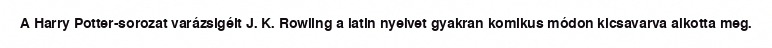
A Harry Potter-sorozat varázsigéit J. K. Rowling a latin nyelvet gyakran komikus módon kicsavarva alkotta meg.